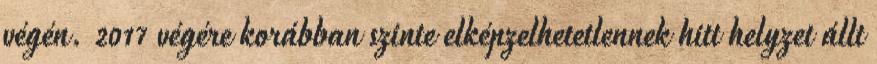
végén. 2017 végére korábban szinte elképzelhetetlennek hitt helyzet állt